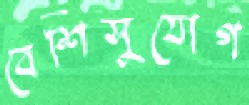
বেশিসুযোগ